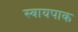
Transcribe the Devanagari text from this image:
स्वायपाक